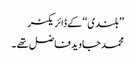
’’بلندی‘‘کے ڈائریکٹر
محمد جاوید فاضل تھے ۔